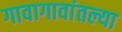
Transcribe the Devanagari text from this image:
गावागावांतल्या